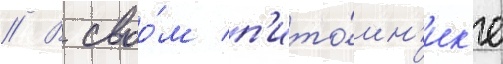
// В своо́м п'ито́мн'ик'е